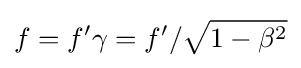
f=f'\gamma =f'/{\sqrt {1-\beta ^{2}}}